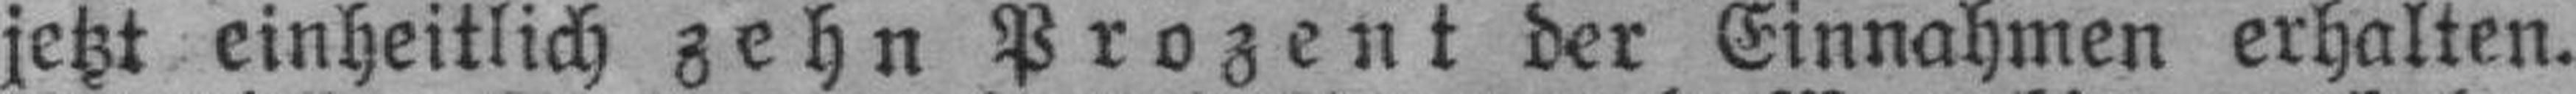
jetzt einheitlich zehn Prozent der Einnahmen erhalten.